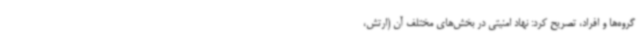
گروه‌ها و افراد، تصریح کرد: نهاد امنیتی در بخش‌های مختلف آن (ارتش،